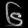
Digit: ၆